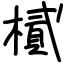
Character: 樲